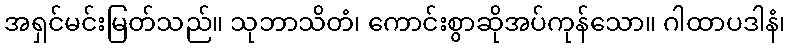
အရှင်မင်းမြတ်သည်။ သုဘာသိတံ၊ ကောင်းစွာဆိုအပ်ကုန်သော။ ဂါထာပဒါနံ၊